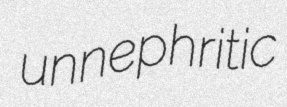
unnephritic